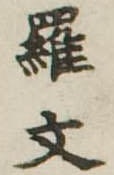
羅文